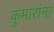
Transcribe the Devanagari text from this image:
कुमारांना